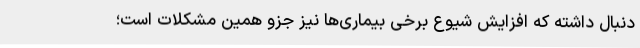
دنبال داشته که افزایش شیوع برخی بیماری‌ها نیز جزو همین مشکلات است؛